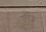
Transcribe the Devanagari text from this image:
एरिज